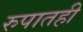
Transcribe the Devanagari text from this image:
रुपातही